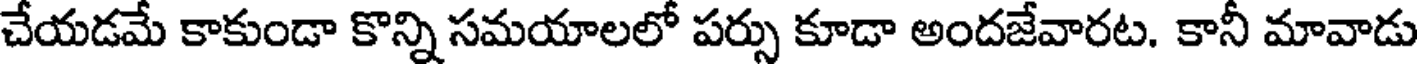
చేయడమే కాకుండా కొన్ని సమయాలలో పర్సు కూడా అందజేవారట. కానీ మావాడు